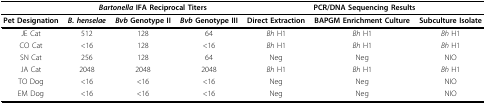
|  | <COLSPAN=3> Bartonella IFA Reciprocal Titers | <COLSPAN=3> PCR/DNA Sequencing Results |
 | --- | --- | --- | --- | --- | --- | --- |
 | Pet Designation | B. henselae | Bvb Genotype II | Bvb Genotype III | Direct Extraction | BAPGM Enrichment Culture | Subculture Isolate |
 | JE Cat | 512 | 128 | 64 | Bh H1 | Bh H1 | Bh H1 |
 | CO Cat | <16 | 128 | <16 | Bh H1 | Bh H1 | Bh H1 |
 | SN Cat | 256 | 128 | 64 | Neg | Neg | NIO |
 | JA Cat | 2048 | 2048 | 2048 | Bh H1 | Bh H1 | Bh H1 |
 | TO Dog | <16 | <16 | <16 | Neg | Neg | NIO |
 | EM Dog | <16 | <16 | <16 | Neg | Neg | NIO |